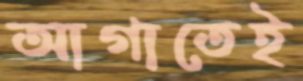
আগাতেই